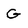
Character: G